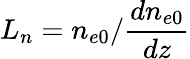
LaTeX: L_{n}=n_{e0}/\frac{dn_{e0}}{dz}